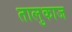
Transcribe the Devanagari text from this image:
तालुकाज